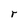
Character: r